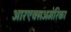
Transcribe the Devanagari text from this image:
आरएक्सअमेरिका